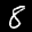
Label: 8